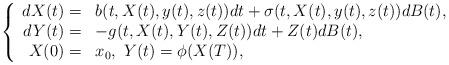
LaTeX: \begin{align*}\left\{\begin{array}[c]{rl}dX(t)= & b(t,X(t),y(t),z(t))dt+\sigma(t,X(t),y(t),z(t))dB(t),\\dY(t)= & -g(t,X(t),Y(t),Z(t))dt+Z(t)dB(t),\\X(0)= & x_{0},\ Y(t)=\phi(X(T)),\end{array}\right. \end{align*}